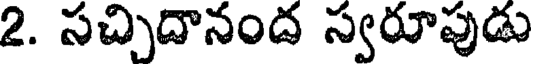
2. సచ్చిదానంద స్వరూపుడు